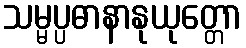
သမ္မပ္ပဓာနာနုယုတ္တော